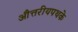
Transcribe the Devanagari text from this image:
औत्तरीयपथके